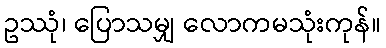
ဥဿုံ၊ ပြောသမျှ လောကမသုံးကုန်။